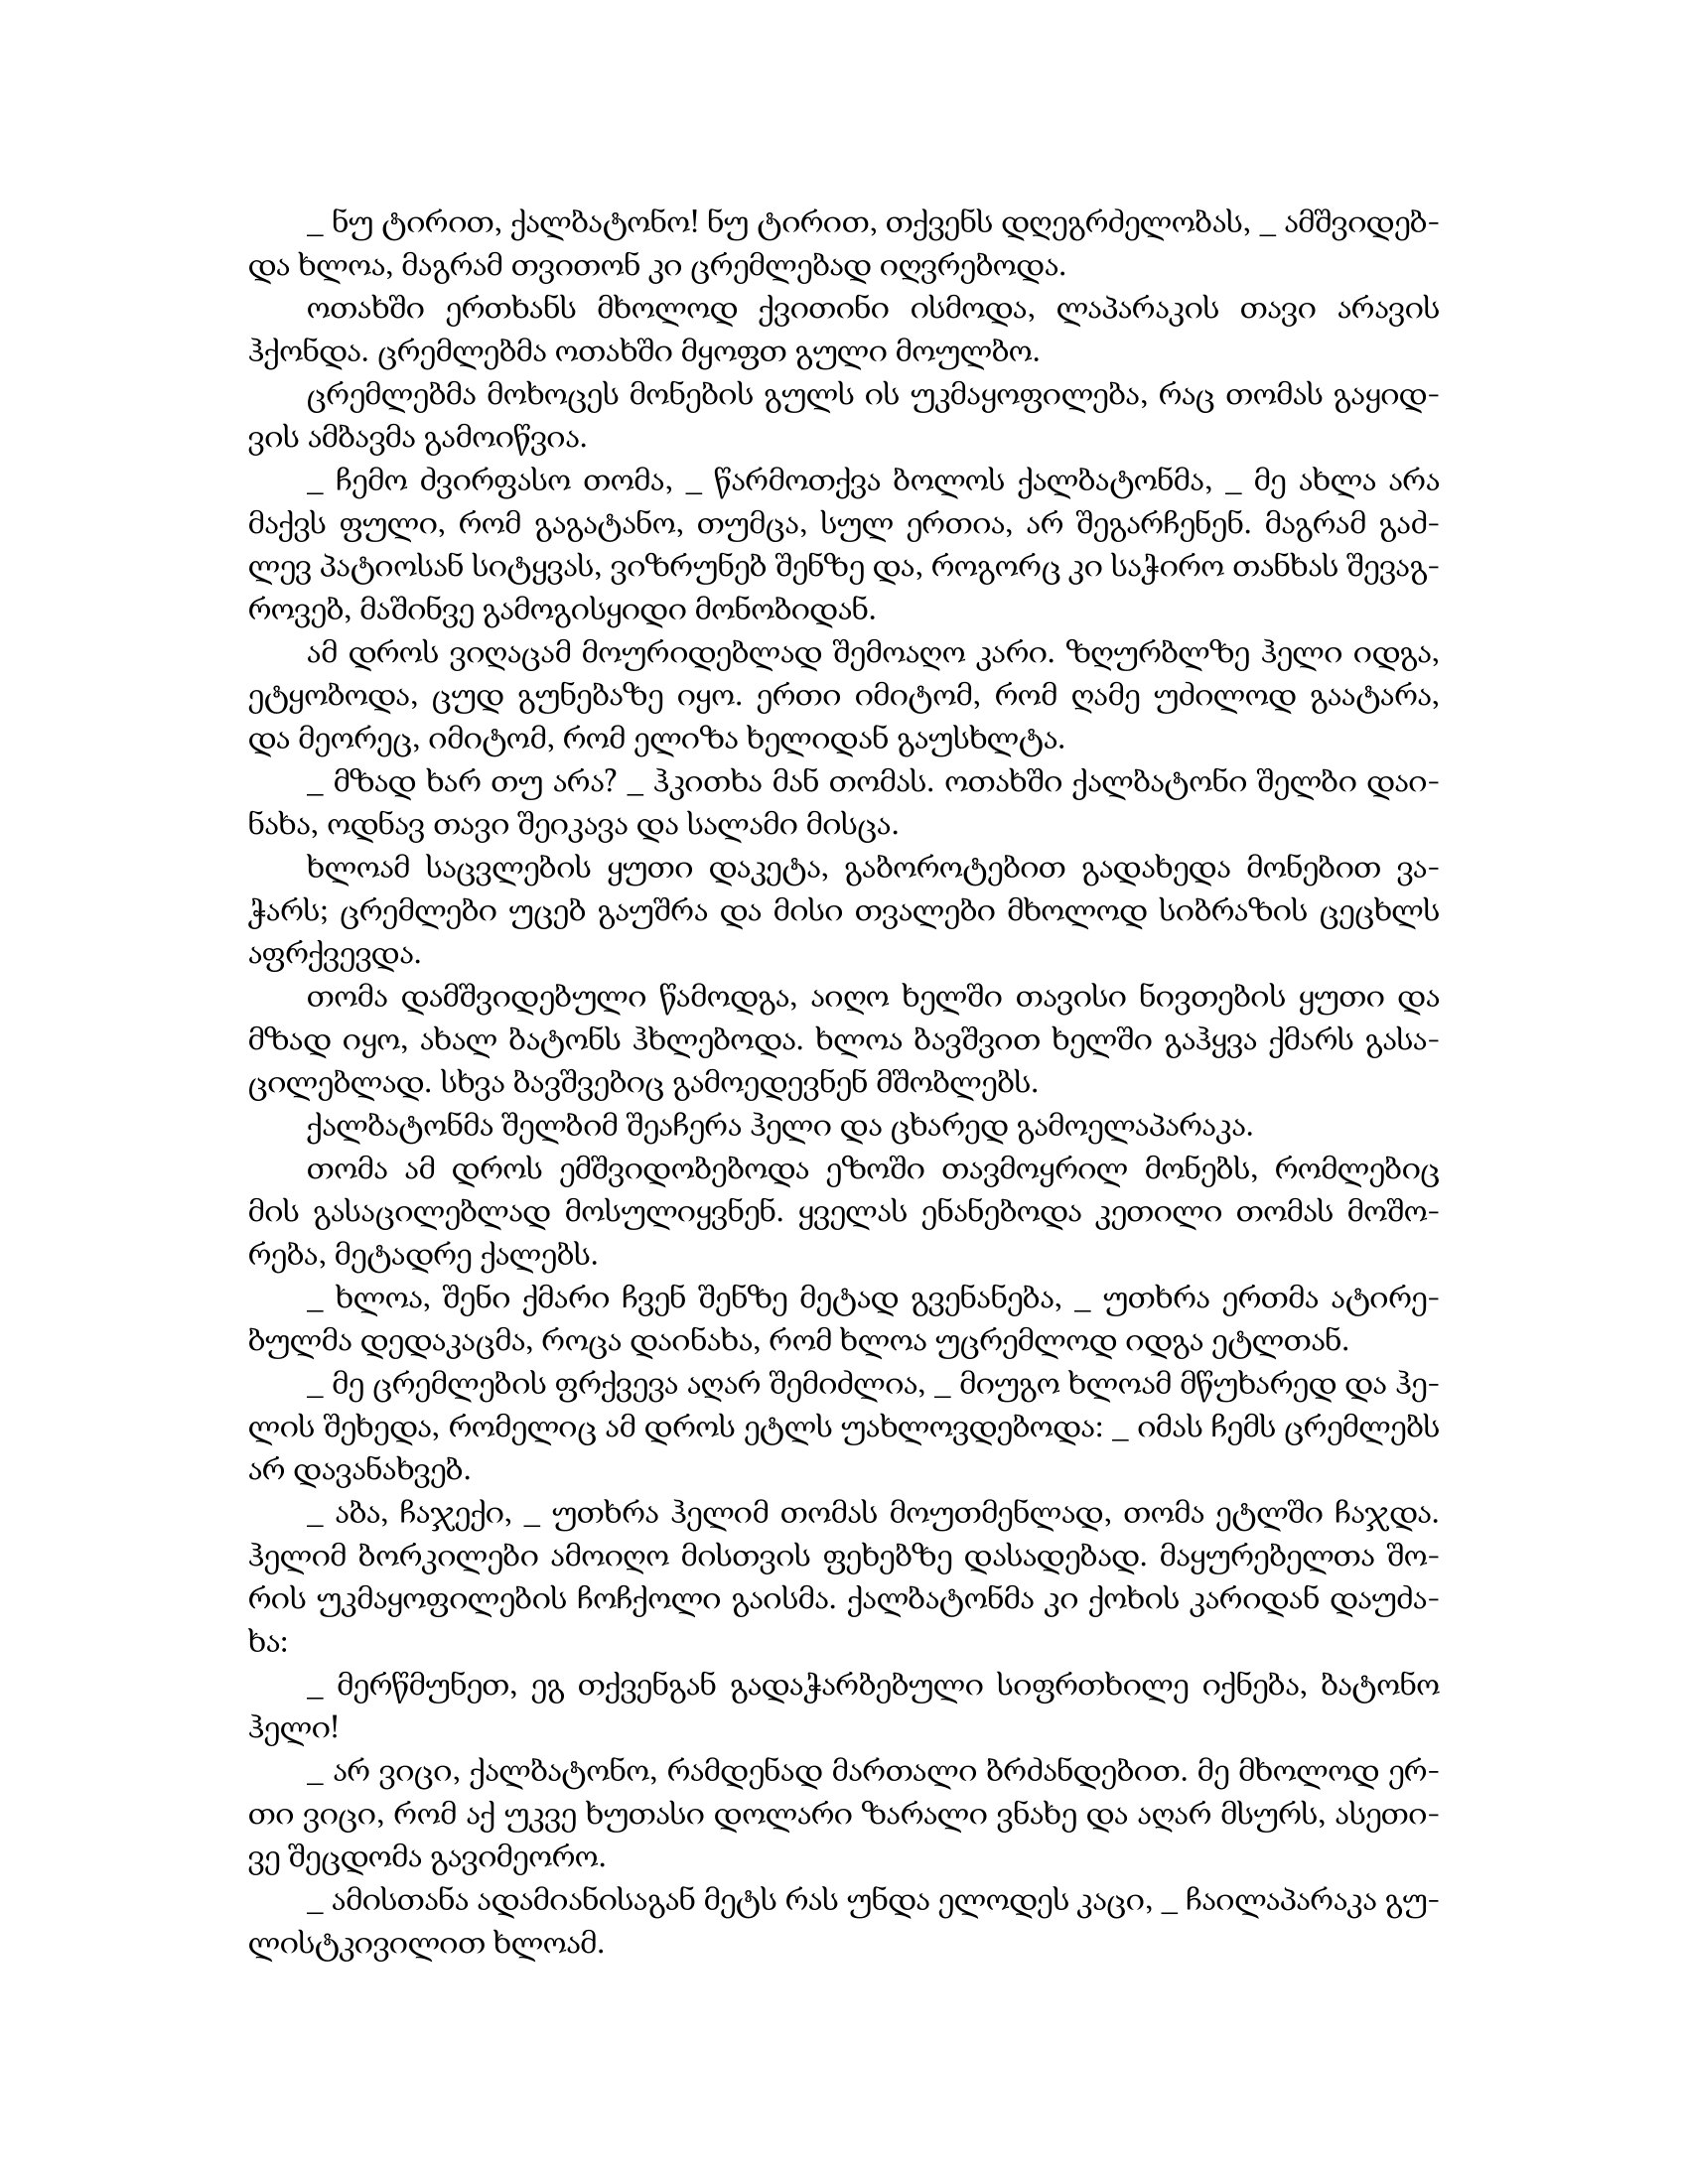
Language: gr